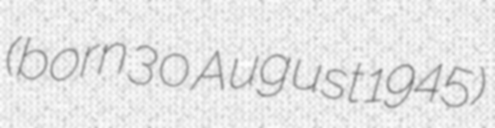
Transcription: (born 30 August 1945)